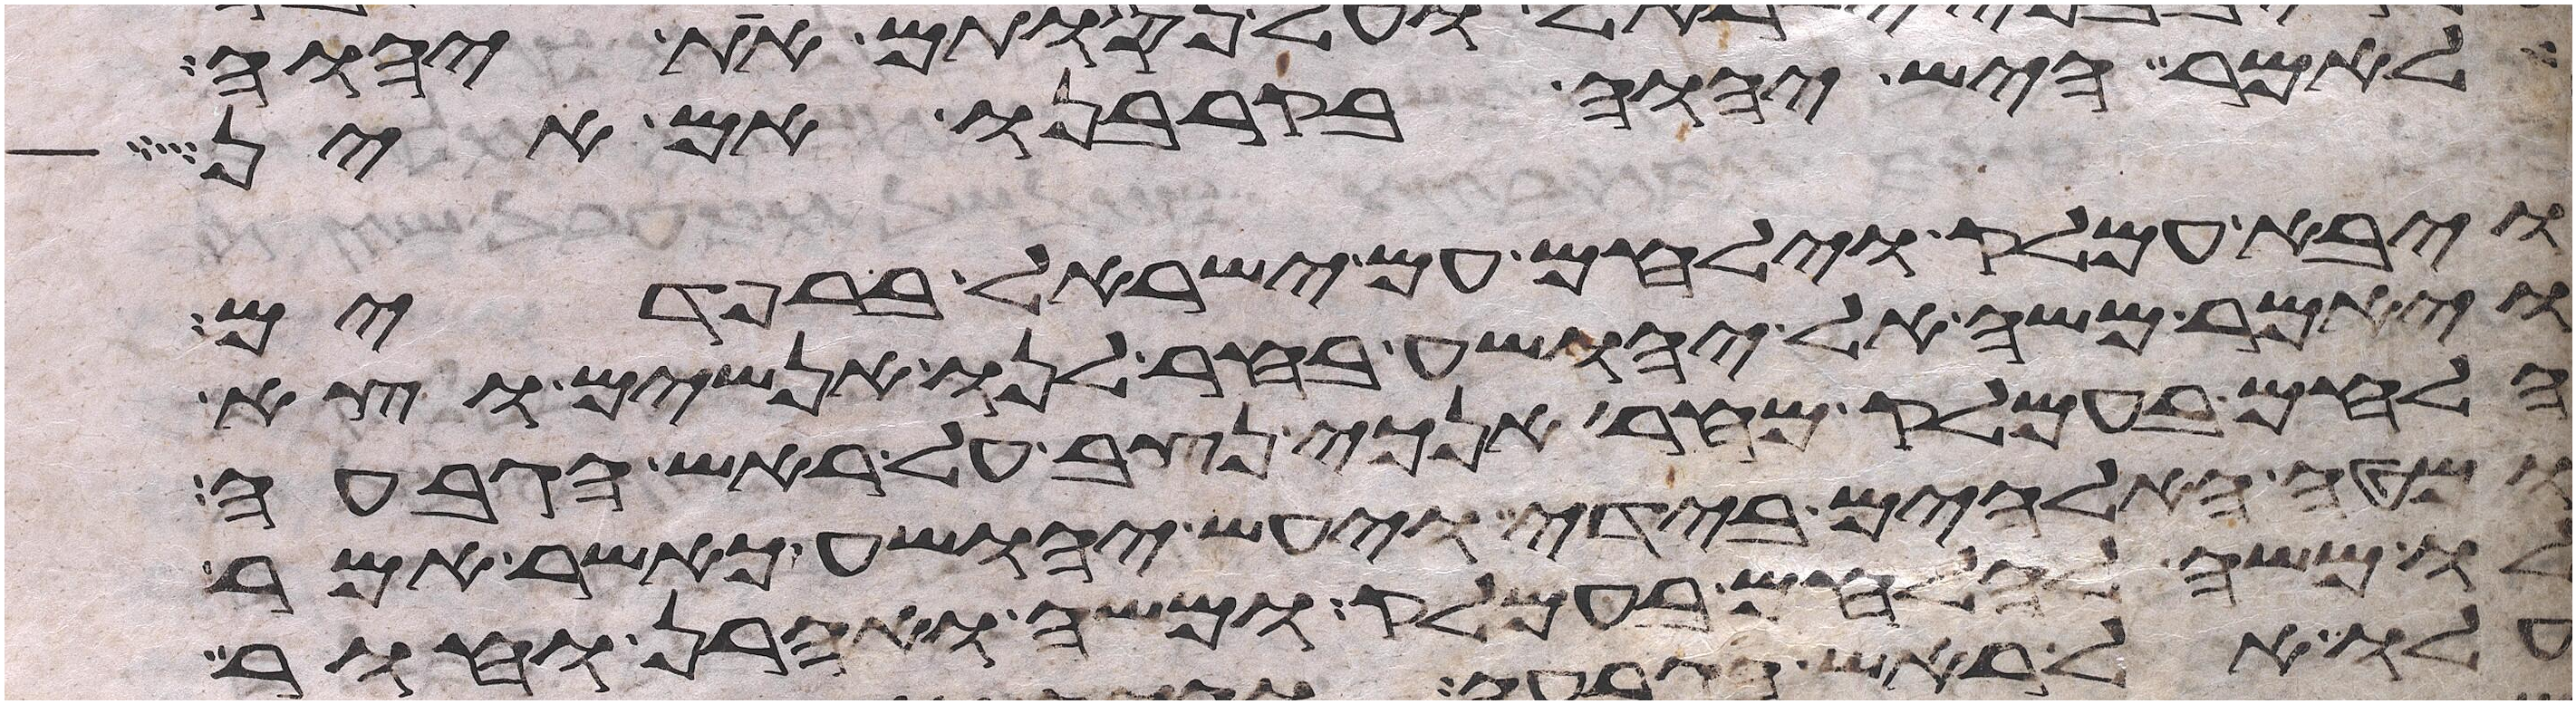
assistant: לאמר היש יהוה בקרבנו אם אין
ויבא עמלק וילחם עם ישראל ברפידים
ויאמר משה ליהושע בחר לנו אנשים וצא
הלחם בעמלק מחר אנכי נצב על ראש הגבעה
ומטה האלהים בידי ויעש יהושע כאשר אמר
לו משה להלחם בעמלק ומשה ואהרן וחור